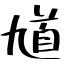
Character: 馗